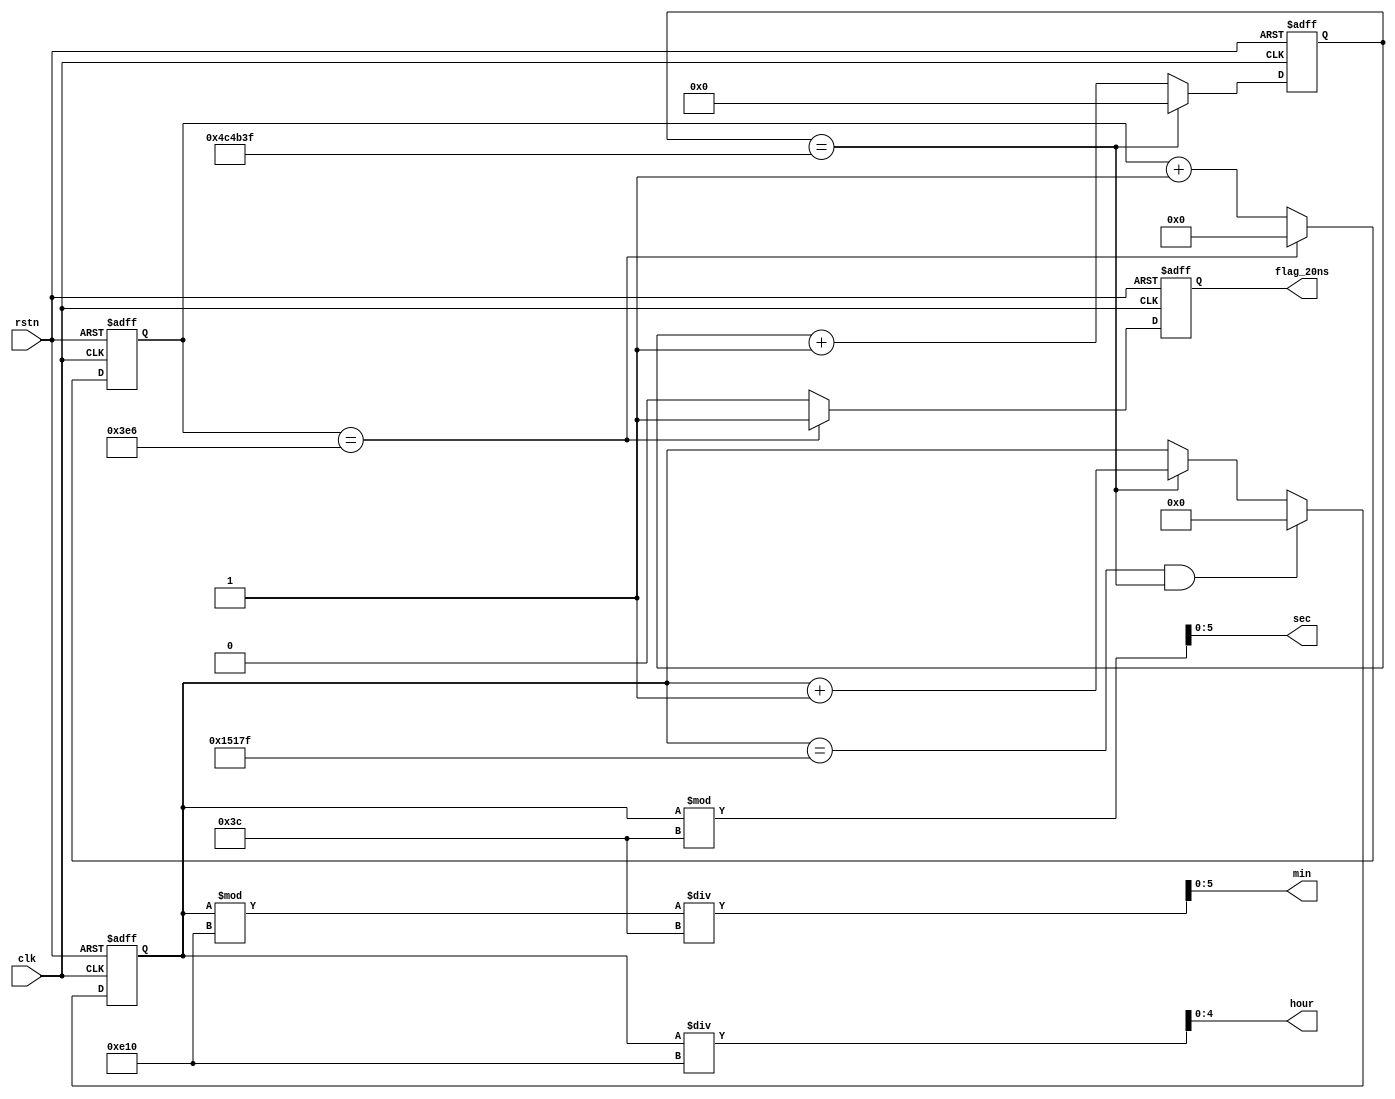
module time_count (
    input   wire            clk         ,
    input   wire            rstn        ,

    output  wire    [4:0]   hour        ,   // 
    output  wire    [5:0]   min         ,   // 
    output  wire    [5:0]   sec         ,   // 
    output  reg             flag_20ns   
);

    parameter   MAX_1S      =       23'd500_0000,
                MAX_20NS    =       10'd999      ,
                MAX_DAY     =       17'd86400    ;

    reg     [22:0]      cnt_1s      ;
    reg     [9:0]       cnt_20ns    ;
    reg     [16:0]      cnt_day     ;


    always @(posedge clk or negedge rstn) begin
        if(!rstn) begin
            cnt_1s <= 23'd0;
        end
        else if(cnt_1s == MAX_1S - 1'd1) begin
            cnt_1s <= 23'd0;
        end
        else begin
            cnt_1s <= cnt_1s + 1'd1;
        end
    end
    
    always @(posedge clk or negedge rstn) begin
        if(!rstn) begin
            cnt_day <= 17'd0;
        end
        else if(cnt_day == MAX_DAY - 1'd1 && cnt_1s == MAX_1S - 1'd1) begin
            cnt_day <= 17'd0;
        end
        else if(cnt_1s == MAX_1S - 1'd1) begin
            cnt_day <= cnt_day + 1'd1;
        end
        else begin
            cnt_day <= cnt_day;
        end
    end

    always @(posedge clk or negedge rstn) begin
        if(!rstn) begin
            cnt_20ns <= 10'd0;
            flag_20ns <= 1'b0;
        end
        else if(cnt_20ns == MAX_20NS - 1'd1) begin
            cnt_20ns <= 10'd0;
            flag_20ns <= 1'b1;
        end
        else begin
            cnt_20ns <= cnt_20ns + 1'd1;
            flag_20ns <= 1'b0;
        end
    end

    assign hour = cnt_day / 12'd3600            ;
    assign min  = (cnt_day % 12'd3600) / 6'd60  ;
    assign sec  = cnt_day % 6'd60               ;
endmodule //time_count